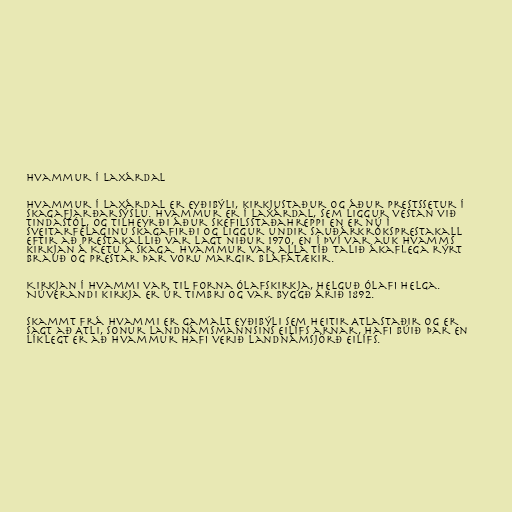
Hvammur í Laxárdal

Hvammur í Laxárdal er eyðibýli, kirkjustaður og áður prestssetur í
Skagafjarðarsýslu. Hvammur er í Laxárdal, sem liggur vestan við
Tindastól, og tilheyrði áður Skefilsstaðahreppi en er nú í
Sveitarfélaginu Skagafirði og liggur undir Sauðárkróksprestakall
eftir að prestakallið var lagt niður 1970, en í því var auk Hvamms
kirkjan á Ketu á Skaga. Hvammur var alla tíð talið ákaflega rýrt
brauð og prestar þar voru margir bláfátækir.

Kirkjan í Hvammi var til forna Ólafskirkja, helguð Ólafi helga.
Núverandi kirkja er úr timbri og var byggð árið 1892.

Skammt frá Hvammi er gamalt eyðibýli sem heitir Atlastaðir og er
sagt að Atli, sonur landnámsmannsins Eilífs arnar, hafi búið þar en
líklegt er að Hvammur hafi verið landnámsjörð Eilífs.